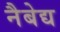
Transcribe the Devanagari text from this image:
नैबेद्य